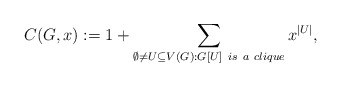
\begin{align*}C(G,x):= 1 + \sum_{\emptyset \neq U \subseteq V(G):G[U]~is~a~clique}x^{\vert U\vert}, \end{align*}